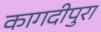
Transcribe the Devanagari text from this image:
कागदीपुरा